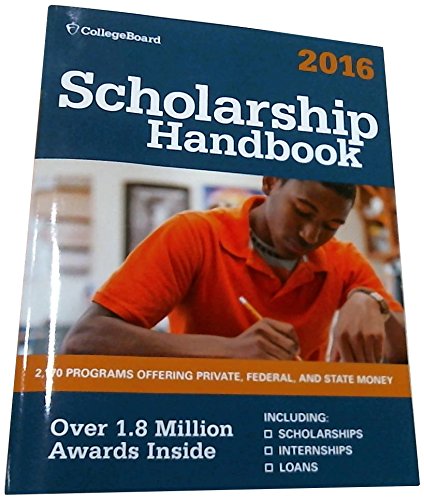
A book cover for Scholarship Handbook 2016 (College Board Scholarship Handbook); The College Board; Education & Teaching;